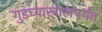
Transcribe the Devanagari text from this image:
गुडघ्याखालपर्यंत